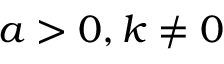
a > 0 , k \neq 0